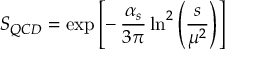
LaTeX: S _ { Q C D } = \exp \left[ - \, \frac { \alpha _ { s } } { 3 \pi } \ln ^ { 2 } \left( \frac { s } { \mu ^ { 2 } } \right) \right]